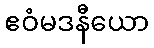
ဧဝံမဒနီယော